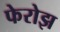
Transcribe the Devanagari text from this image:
फेरोझ